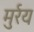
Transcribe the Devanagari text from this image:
मुर्रय